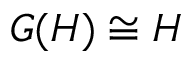
G ( H ) \cong H